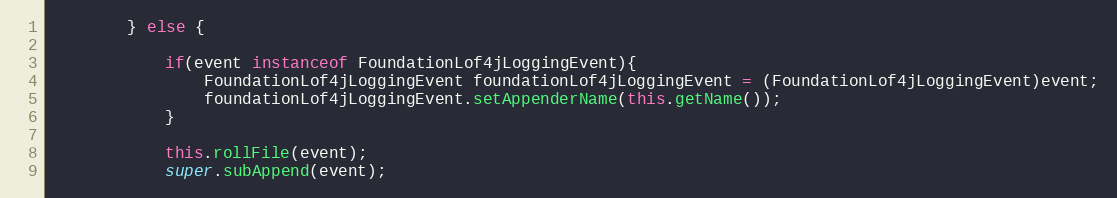
Language: Java
		} else {

			if(event instanceof FoundationLof4jLoggingEvent){
				FoundationLof4jLoggingEvent foundationLof4jLoggingEvent = (FoundationLof4jLoggingEvent)event;
				foundationLof4jLoggingEvent.setAppenderName(this.getName());
			}

			this.rollFile(event);
			super.subAppend(event);